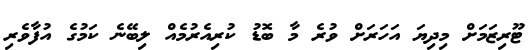
ޓޫރިޒަމަށް މިދިޔަ އަހަރަށް ވުރެ މާ ބޮޑު ކުރިއެރުމެއް ލިބޭނެ ކަމުގެ އުފާވެރި